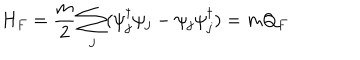
H _ { F } = \frac { m } { 2 } \sum _ { j } ( \psi _ { j } ^ { \dagger } \psi _ { j } - \psi _ { j } \psi _ { j } ^ { \dagger } ) = m Q _ { F }